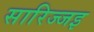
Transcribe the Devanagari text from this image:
सारिज्जइ